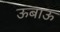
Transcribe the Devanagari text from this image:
ऊबाऊ